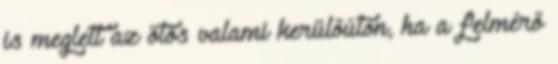
is meglett az ötös valami kerülőúton, ha a felmérő